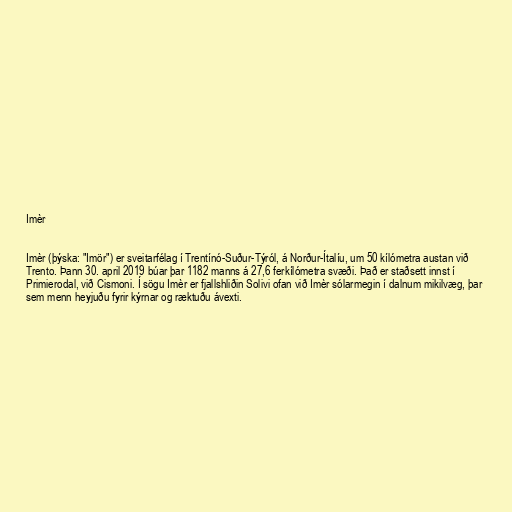
Imèr

Imèr (þýska: "Imör") er sveitarfélag í Trentínó-Suður-Týról, á Norður-Ítalíu, um 50 kílómetra austan við
Trento. Þann 30. april 2019 búar þar 1182 manns á 27,6 ferkílómetra svæði. Það er staðsett innst í
Primierodal, við Cismoni. Í sögu Imèr er fjallshliðin Solivi ofan við Imèr sólarmegin í dalnum mikilvæg, þar
sem menn heyjuðu fyrir kýrnar og ræktuðu ávexti.